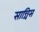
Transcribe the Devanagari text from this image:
सान्चिस